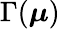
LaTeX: \Gamma(\boldsymbol{\mu})